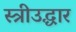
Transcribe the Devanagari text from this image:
स्त्रीउद्धार